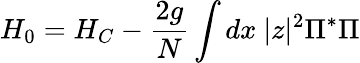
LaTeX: H_{0}=H_{C}-\frac{2g}{N}\int dx~|z|^{2}\Pi^{*}\Pi